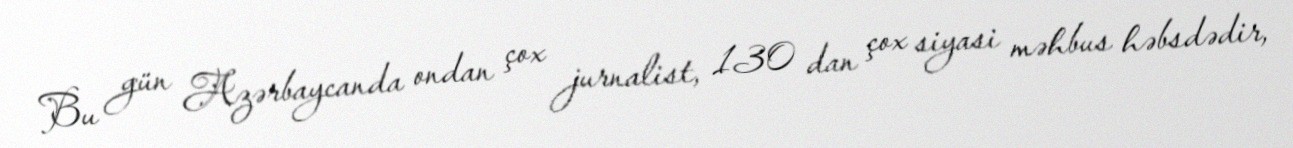
Bu gün Azərbaycanda ondan çox jurnalist, 130 dan çox siyasi məhbus həbsdədir,